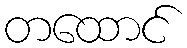
တထောင်